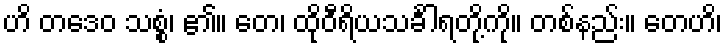
ဟိ တဒေဝ သစ္စံ၊ ၏။ တေ၊ ထိုဝီရိယသင်္ခါရတို့ကို။ တစ်နည်း။ တေဟိ၊